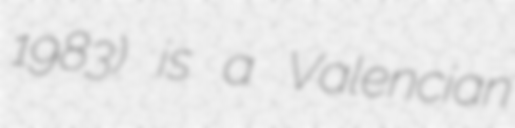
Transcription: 1983) is a Valencian